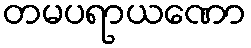
တမပရာယဏော